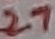
Text: 27